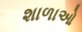
શાળાઓ